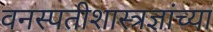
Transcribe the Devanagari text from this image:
वनस्पतीशास्त्रज्ञांच्या